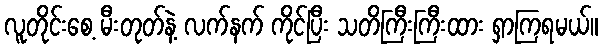
လူတိုင်းစေ့ မီးတုတ်နဲ့ လက်နက် ကိုင်ပြီး သတိကြီးကြီးထား ရှာကြရမယ်။